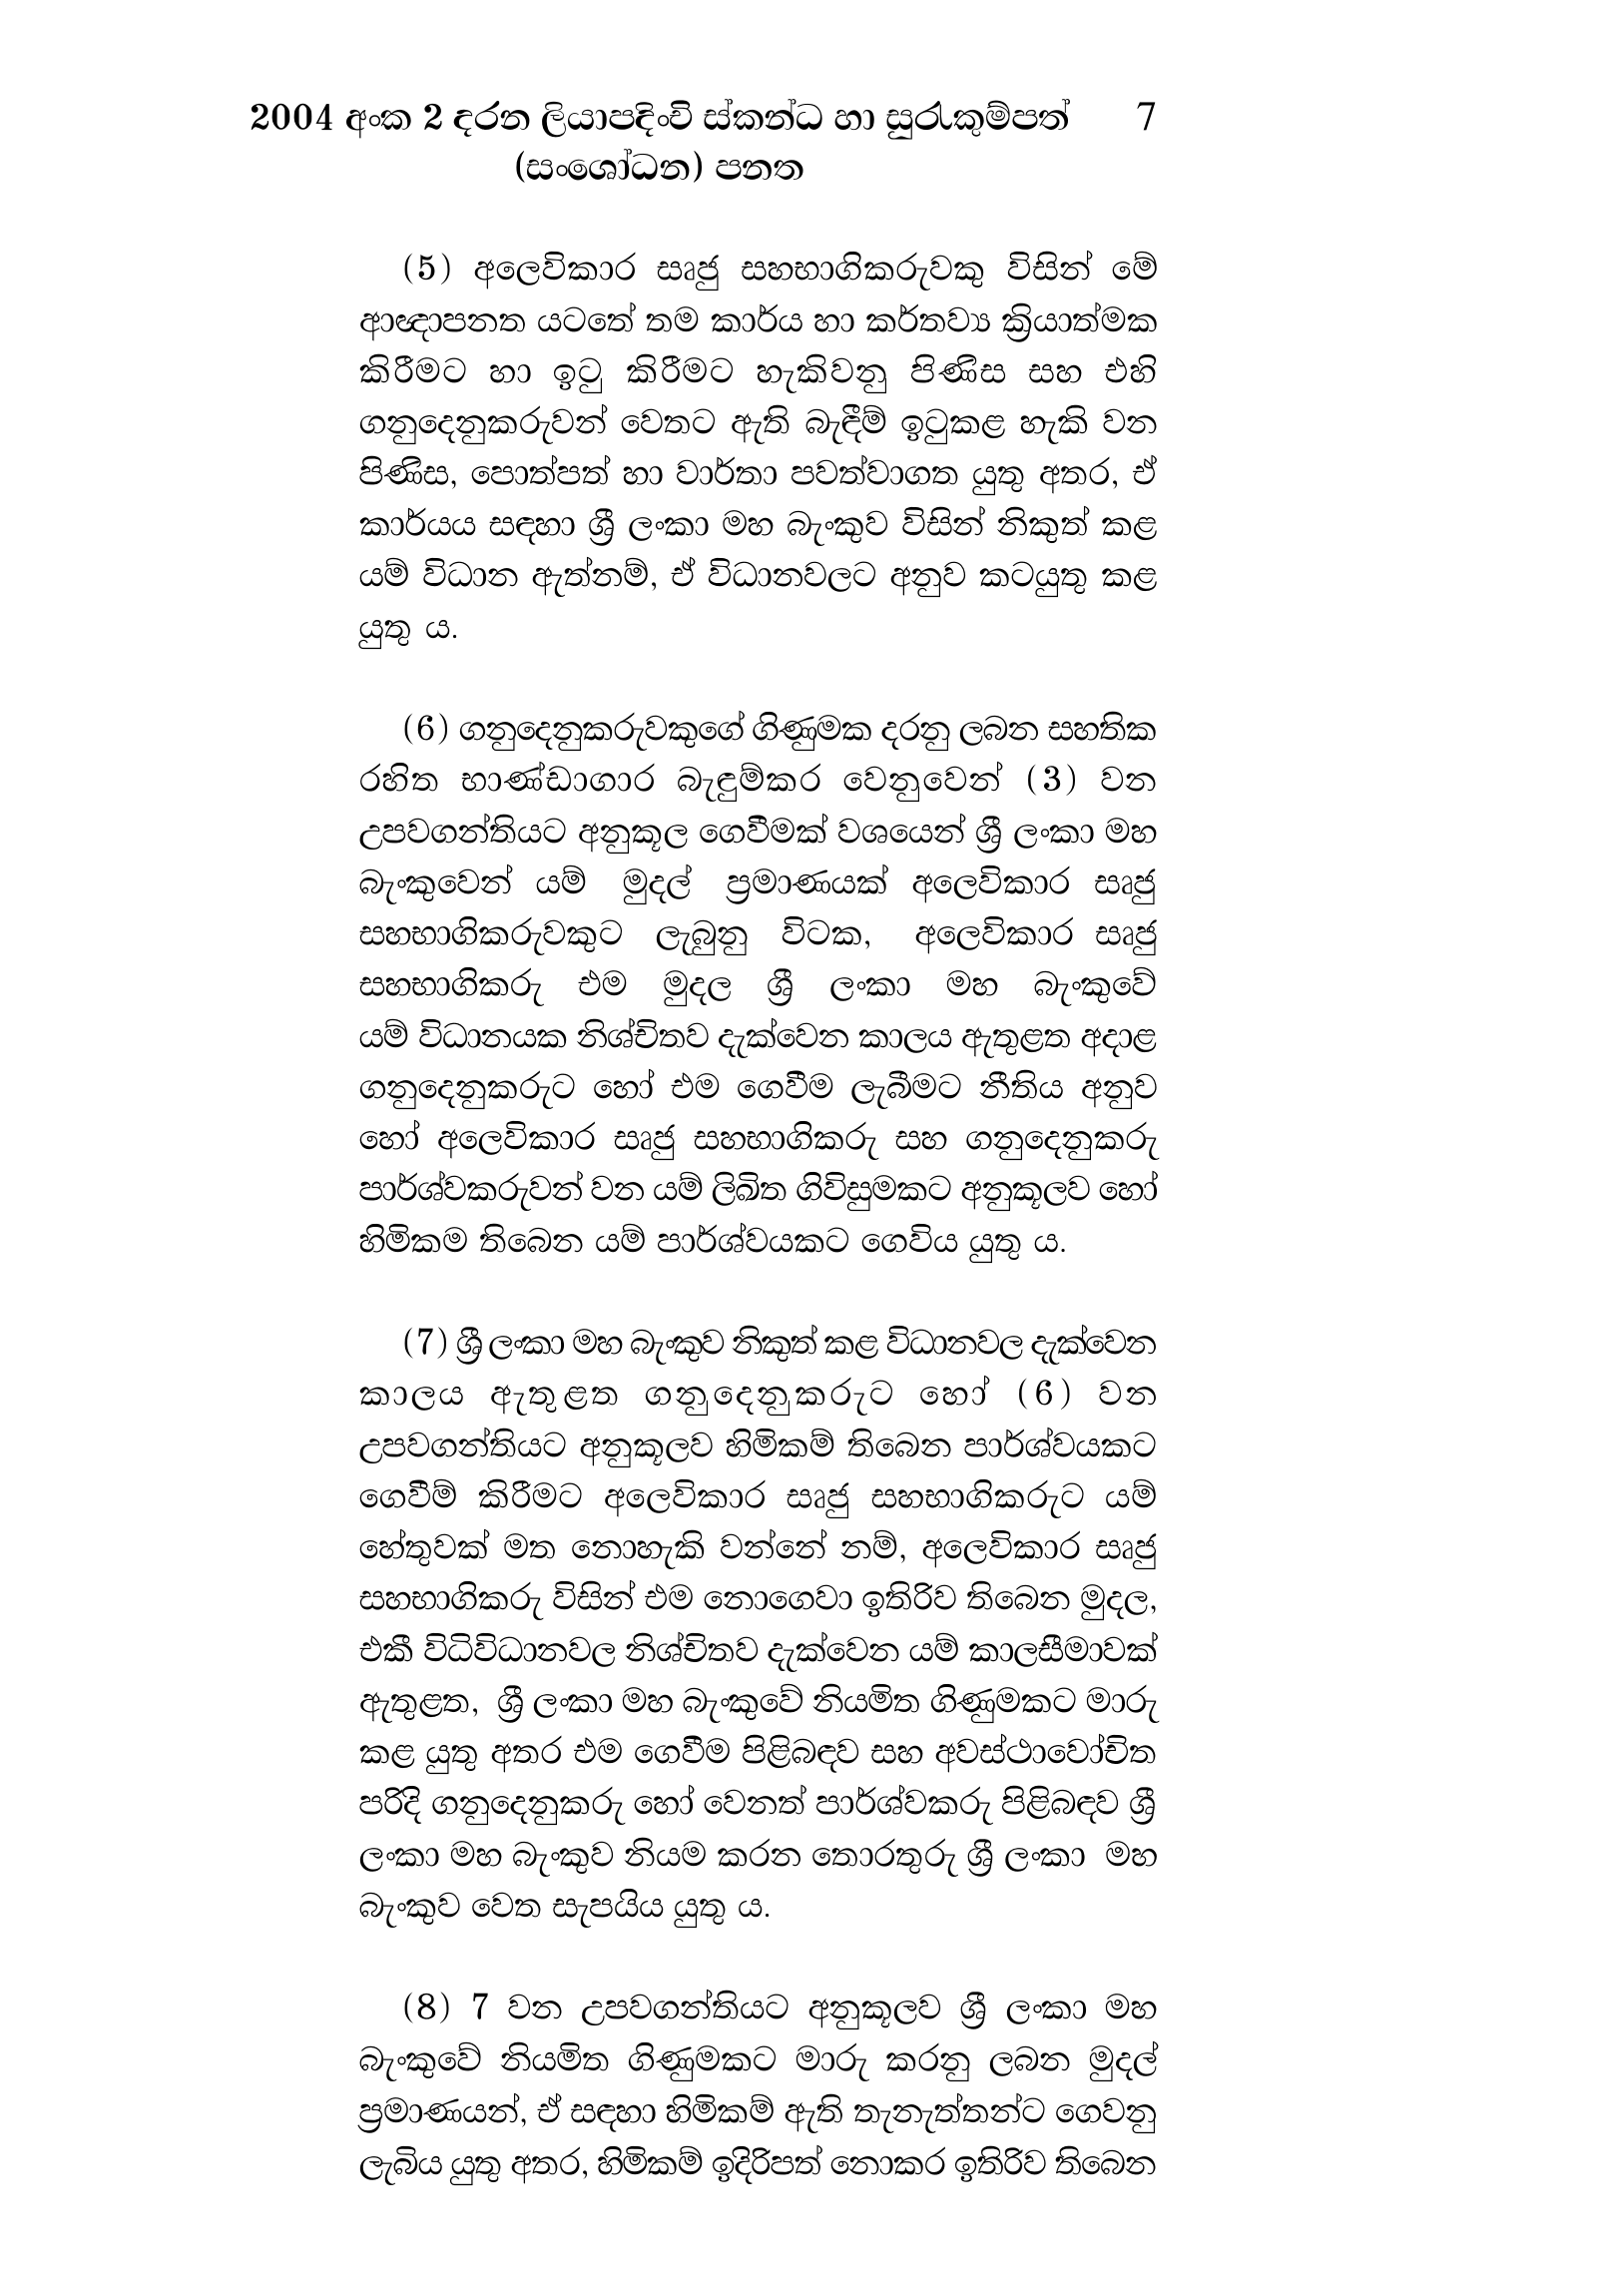
2004 අංක 2 දරන ලියාපදිංචි ස්කන්ධ හා සුරැකුම්පත් 7
(සංශෝධන) පනත

(5) අලෙවිකාර සෘජු සහභාගිකරුවකු විසින් මේ
ආඥාපනත යටතේ තම කාර්ය හා කර්තව්‍ය ක්‍රියාත්මක
කිරීමට හා ඉටු කිරීමට හැකිවනු පිණිස සහ එහි
ගනුදෙනුකරුවන් වෙතට ඇති බැඳීම් ඉටුකළ හැකි වන
පිණිස, පොත්පත් හා වාර්තා පවත්වාගත යුතු අතර, ඒ
කාර්යය සඳහා ශ්‍රී ලංකා මහ බැංකුව විසින් නිකුත් කළ
යම් විධාන ඇත්නම්, ඒ විධානවලට අනුව කටයුතු කළ
යුතු ය.

(6) ගනුදෙනුකරුවකුගේ ගිණුමක දරනු ලබන සහතික
රහිත භාණ්ඩාගාර බැඳුම්කර වෙනුවෙන් (3) වන
උපවගන්තියට අනුකූල ගෙවීමක් වශයෙන් ශ්‍රී ලංකා මහ
බැංකුවෙන් යම් මුදල් ප්‍රමාණයක් අලෙවිකාර සෘජු
සහභාගිකරුවකුට ලැබුනු විටක, අලෙවිකාර සෘජු
සහභාගිකරු එම මුදල ශ්‍රී ලංකා මහ බැංකුවේ
යම් විධානයක නිශ්චිතව දැක්වෙන කාලය ඇතුළත අදාළ
ගනුදෙනුකරුට හෝ එම ගෙවීම ලැබීමට නීතිය අනුව
හෝ අලෙවිකාර සෘජු සහභාගිකරු සහ ගනුදෙනුකරු
පාර්ශ්වකරුවන් වන යම් ලිඛිත ගිවිසුමකට අනුකූලව හෝ
හිමිකම තිබෙන යම් පාර්ශ්වයකට ගෙවිය යුතු ය.

(7) ශ්‍රී ලංකා මහ බැංකුව නිකුත් කළ විධානවල දැක්වෙන
කාලය ඇතුළත ගනුදෙනුකරුට හෝ (6) වන
උපවගන්තියට අනුකූලව හිමිකම් තිබෙන පාර්ශ්වයකට
ගෙවීම් කිරීමට අලෙවිකාර සෘජු සහභාගිකරුට යම්
හේතුවක් මත නොහැකි වන්නේ නම්, අලෙවිකාර සෘජු
සහභාගිකරු විසින් එම නොගෙවා ඉතිරිව තිබෙන මුදල,
එකී විධිවිධානවල නිශ්චිතව දැක්වෙන යම් කාලසීමාවක්
ඇතුළත, ශ්‍රී ලංකා මහ බැංකුවේ නියමිත ගිණුමකට මාරු
කළ යුතු අතර එම ගෙවීම පිළිබඳව සහ අවස්ථාවෝචිත
පරිදි ගනුදෙනුකරු හෝ වෙනත් පාර්ශ්වකරු පිළිබඳව ශ්‍රී
ලංකා මහ බැංකුව නියම කරන තොරතුරු ශ්‍රී ලංකා මහ
බැංකුව වෙත සැපයිය යුතු ය.

(8) 7 වන උපවගන්තියට අනුකූලව ශ්‍රී ලංකා මහ
බැංකුවේ නියමිත ගිණුමකට මාරු කරනු ලබන මුදල්
ප්‍රමාණයන්, ඒ සඳහා හිමිකම් ඇති තැනැත්තන්ට ගෙවනු
ලැබිය යුතු අතර, හිමිකම් ඉදිරිපත් නොකර ඉතිරිව තිබෙන